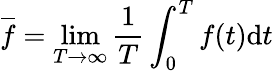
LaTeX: \overline{{f}}=\operatorname*{lim}_{T\rightarrow\infty}\frac{1}{T}\int_{0}^{T}f(t)\mathrm{d}t